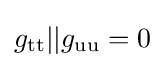
g_{\rm {tt}}||g_{\rm {uu}}=0